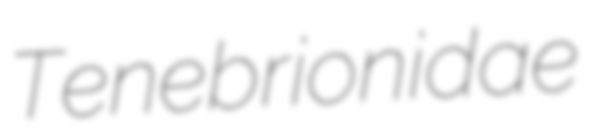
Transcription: Tenebrionidae